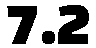
7.2